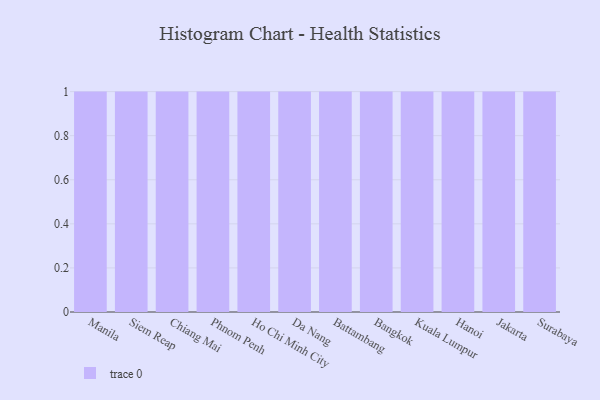
{"axis": {"x": "City", "y": "Market Share (%)"}, "legend": [""], "data": [{"x": "Manila", "y": 30, "type": ""}, {"x": "Siem Reap", "y": 50, "type": ""}, {"x": "Chiang Mai", "y": 81, "type": ""}, {"x": "Phnom Penh", "y": 37, "type": ""}, {"x": "Ho Chi Minh City", "y": 54, "type": ""}, {"x": "Da Nang", "y": 37, "type": ""}, {"x": "Battambang", "y": 63, "type": ""}, {"x": "Bangkok", "y": 80, "type": ""}, {"x": "Kuala Lumpur", "y": 65, "type": ""}, {"x": "Hanoi", "y": 11, "type": ""}, {"x": "Jakarta", "y": 78, "type": ""}, {"x": "Surabaya", "y": 81, "type": ""}]}